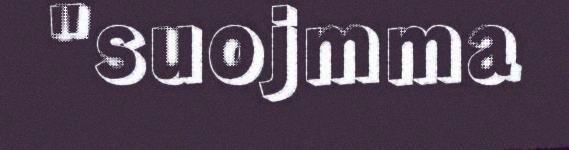
"suojmma